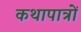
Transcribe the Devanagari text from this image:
कथापात्रों